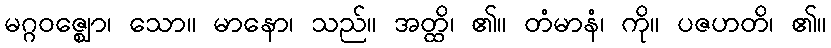
မဂ္ဂဝဇ္ဈော၊ သော။ မာနော၊ သည်။ အတ္ထိ၊ ၏။ တံမာနံ၊ ကို။ ပဇဟတိ၊ ၏။